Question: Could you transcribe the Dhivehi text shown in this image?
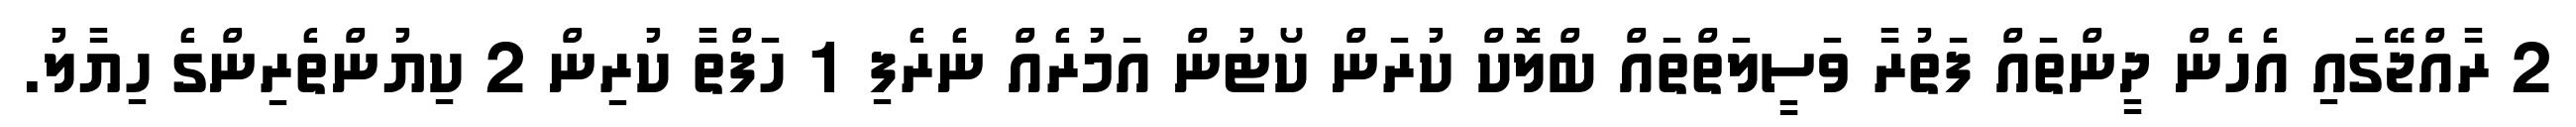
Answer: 2 ރާއްޖޭގައި އެހެން ދީންތައް ފަތުރާ ވަސީލަތްތައް ބްލޮކް ކުރަން ކޯޓުން އަމުރެއް ނެރެފި 1 ހަފްތާ ކުރިން 2 ކިޔުންތެރިންގެ ހިޔާލު.